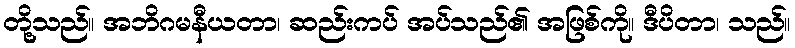
တို့သည်။ အဘိဂမနီယတာ၊ ဆည်းကပ် အပ်သည်၏ အဖြစ်ကို။ ဒီပိတာ၊ သည်။